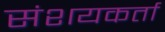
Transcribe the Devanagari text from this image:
संशयकर्ता